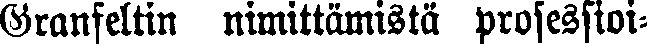
Granfeltin nimittämistä professioi-